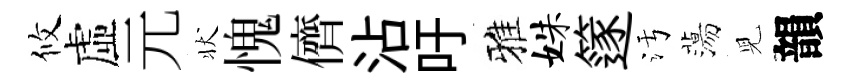
攸虛元状愧儕沾吁雅姝篴污蕩児韻